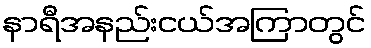
နာရီအနည်းငယ်အကြာတွင်